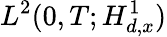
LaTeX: L^{2}(0,T;H_{d,x}^{1})